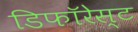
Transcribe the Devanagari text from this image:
डिफॉरेस्ट